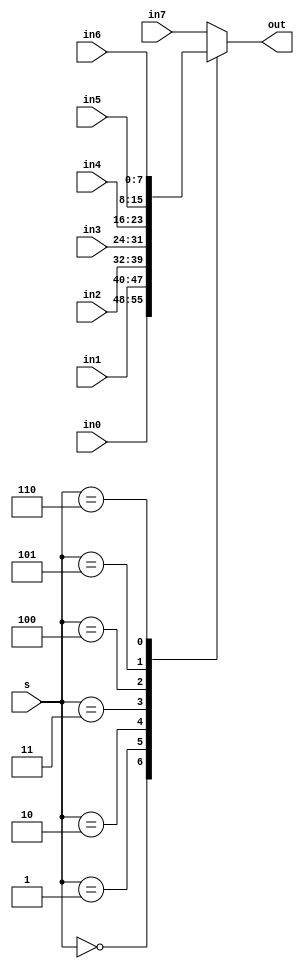
// LPM Mux
//

module lpm_mux8
(
	in0,
	in1,
	in2,
	in3,
	in4,
	in5,
	in6,
	in7,
	s,
	out
);

parameter WIDTH = 8;

input		wire		[WIDTH-1:0]		in0;
input		wire		[WIDTH-1:0]		in1;
input		wire		[WIDTH-1:0]		in2;
input		wire		[WIDTH-1:0]		in3;
input		wire		[WIDTH-1:0]		in4;
input		wire		[WIDTH-1:0]		in5;
input		wire		[WIDTH-1:0]		in6;
input		wire		[WIDTH-1:0]		in7;
input		wire		[2:0]				s;
output	reg 		[WIDTH-1:0] 	out;

always @(in0 or in1 or in2 or in3 or in4 or in5 or in6 or in7 or s)
begin
	case (s)
		0: out = in0;
		1: out = in1;
		2: out = in2;
		3: out = in3;
		4: out = in4;
		5: out = in5;
		6: out = in6;
		default: out = in7;
	endcase
end

endmodule